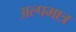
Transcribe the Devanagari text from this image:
अल्पमात्र